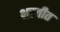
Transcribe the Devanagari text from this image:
भरतीत